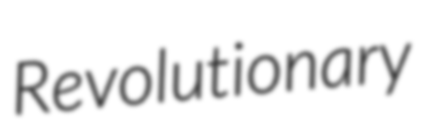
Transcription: Revolutionary